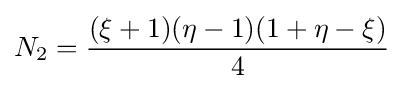
N_{2}={\frac {(\xi +1)(\eta -1)(1+\eta -\xi )}{4}}